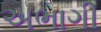
અભાગી